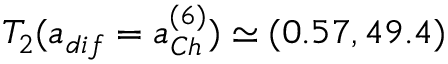
T _ { 2 } ( a _ { d i f } = a _ { C h } ^ { ( 6 ) } ) \simeq ( 0 . 5 7 , 4 9 . 4 )